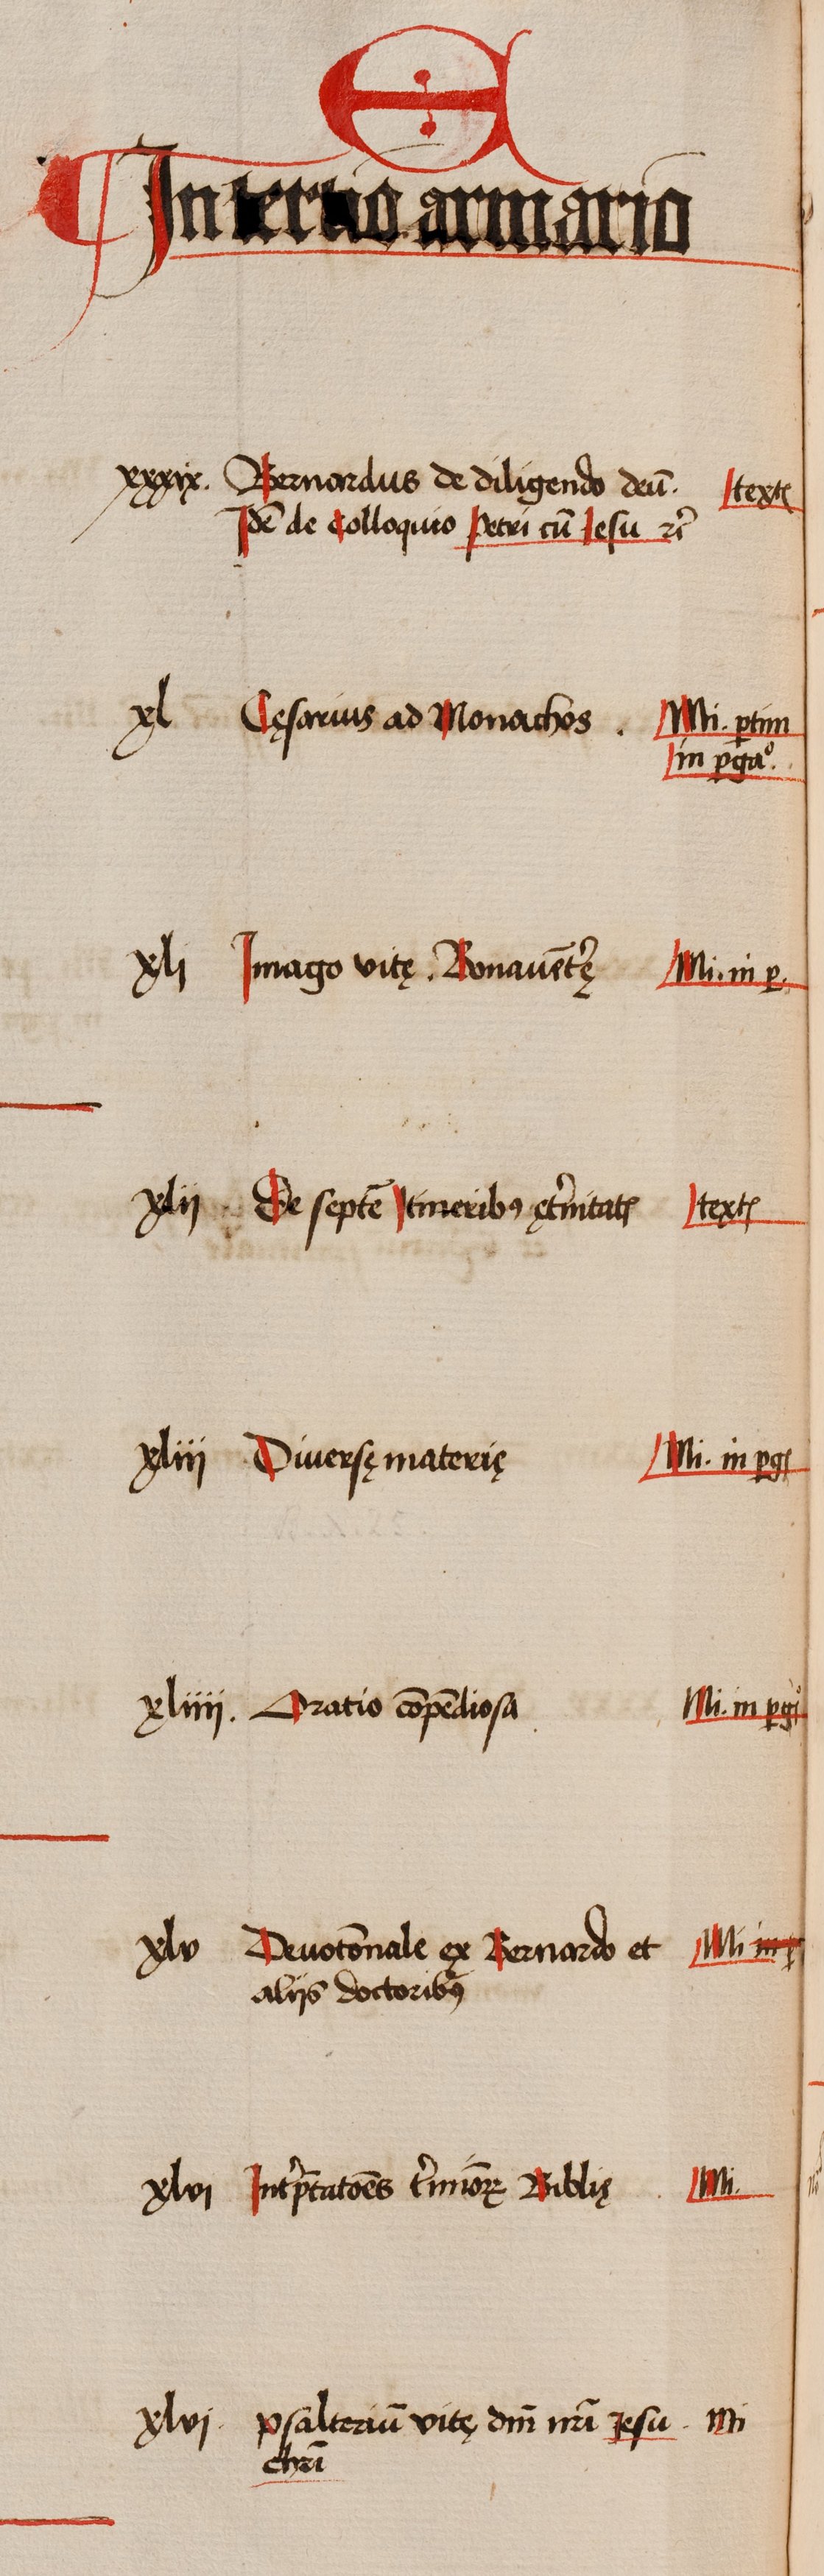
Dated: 1505–1535